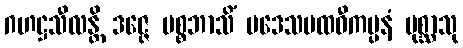
ဂဟဋ္ဌသီလန္တိ ဒဇ္ဇေ ပစ္စဘာသိံ ပဒေသပထဝီကမ္ပနံ ပုစ္ဆာသု